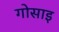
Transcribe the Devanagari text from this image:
गोसाइ